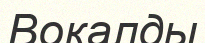
Вокалды